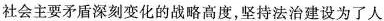
社会主要矛盾深刻变化的战略高度，坚持法治建设为了人